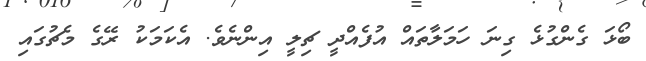
ބޯޅަ ގެންގުޅެ ގިނަ ހަމަލާތައް އުފެއްދީ ޗިލީ އިންނެވެ. އެކަމަކު ރޭގެ މެޗުގައި